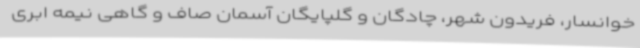
خوانسار، فریدون شهر، چادگان و گلپایگان آسمان صاف و گاهی نیمه ابری